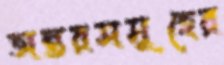
অন্তরসমূহের